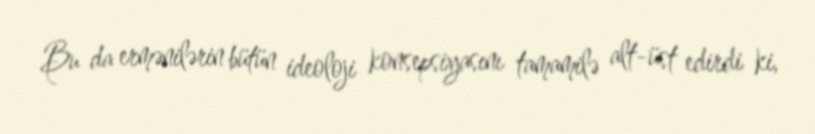
Bu da ermənilərin bütün ideoloji konsepsiyasını tamamilə alt-üst edirdi ki,